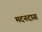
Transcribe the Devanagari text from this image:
मदनदास